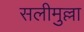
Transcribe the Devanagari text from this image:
सलीमुल्ला